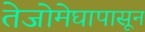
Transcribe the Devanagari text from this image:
तेजोमेघापासून